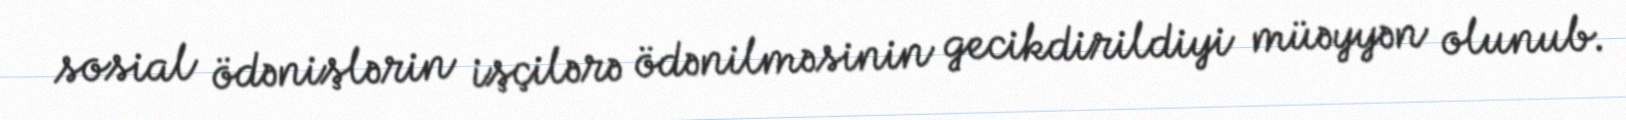
sosial ödənişlərin işçilərə ödənilməsinin gecikdirildiyi müəyyən olunub.